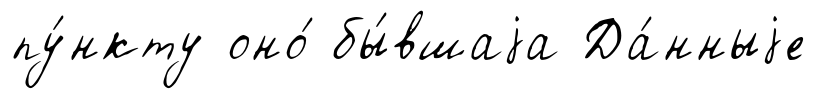
пу́нкту оно́ бы́вшаjа Да́нныjе